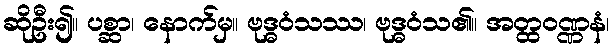
ဆိုဦး၍။ ပစ္ဆာ၊ နောက်မှ။ ဗုဒ္ဓဝံသဿ၊ ဗုဒ္ဓဝံသ၏။ အတ္ထဝဏ္ဏနံ၊